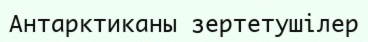
Антарктиканы зертетушілер